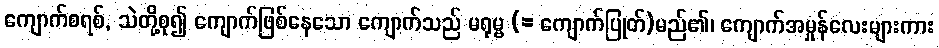
ကျောက်စရစ်, သဲတို့စု၍ ကျောက်ဖြစ်နေသော ကျောက်သည် မရုမ္ဗ (= ကျောက်ပြုတ်)မည်၏၊ ကျောက်အမှုန်လေးများကား